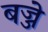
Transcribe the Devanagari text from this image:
बज्जे